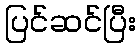
ပြင်ဆင်ပြီး